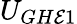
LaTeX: U_{GH\mathcal{E}1}